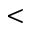
<